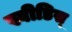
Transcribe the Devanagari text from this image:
स्वीडिस्